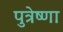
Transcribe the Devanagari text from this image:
पुत्रेष्णा